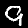
Label: 9